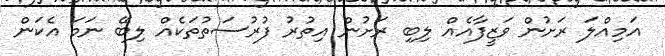
އަމިއްލަ ރަށުން ވަޒީފާއެއް ލިބި ރަށުން އިތުރު ފުރުސަތުތަކެއް ލިބޭ ނަމަ އެކަން